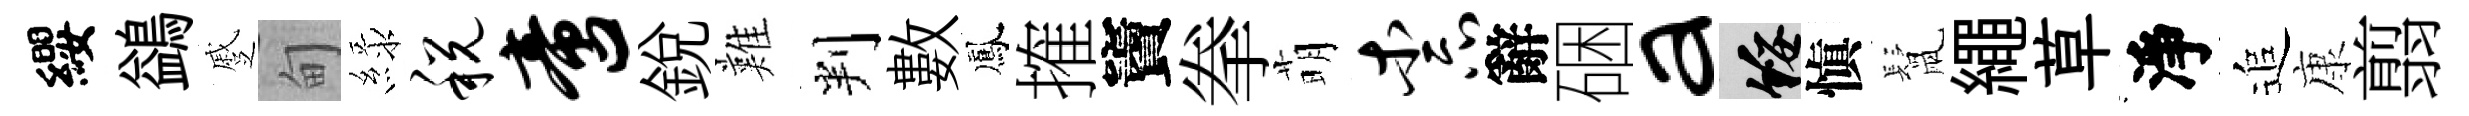
纓鷁蹙甸緑税啻銳難判數鳳搉竇拳萌柰辭硱a綏愼鬛繩草淨追康翦